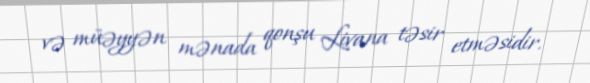
və müəyyən mənada qonşu Livana təsir etməsidir.